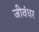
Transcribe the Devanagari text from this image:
जीवंधर